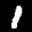
Label: 1